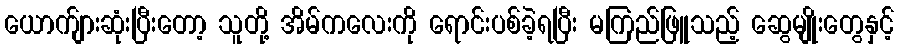
ယောက်ျားဆုံးပြီးတော့ သူတို့ အိမ်ကလေးကို ရောင်းပစ်ခဲ့ရပြီး မကြည်ဖြူသည့် ဆွေမျိုးတွေနှင့်